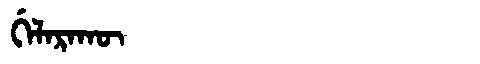
Manchu: ᡤᡝᠯᠠᡵᠠᡴᡡ
Romanization: GELARAKŪ